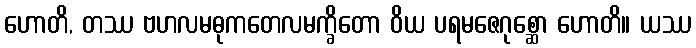
ဟောတိ, တဿ ဗဟလမဓုကတေလမက္ခိတော ဝိယ ပရမဇေဂုစ္ဆော ဟောတိ။ ယဿ